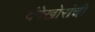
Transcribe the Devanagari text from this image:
दंगेखोरांची